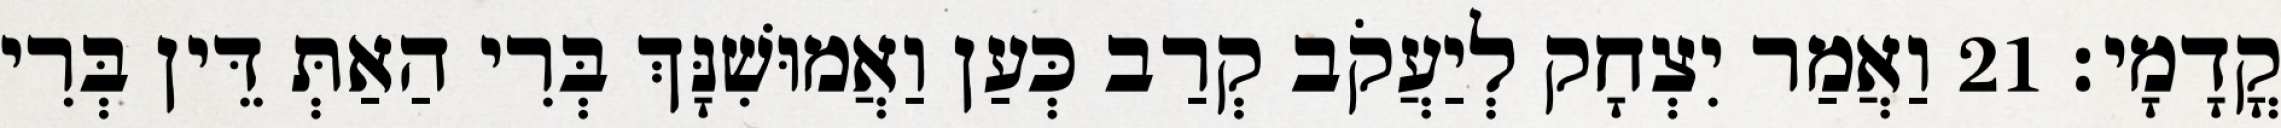
קֳדָמָי׃ 21 וַאֲמַר יִצְחָק לְיַעֲקֹב קְרַב כְּעַן וַאֲמוּשִׁנָּךְ בְּרִי הַאַתְּ דֵּין בְּרִי